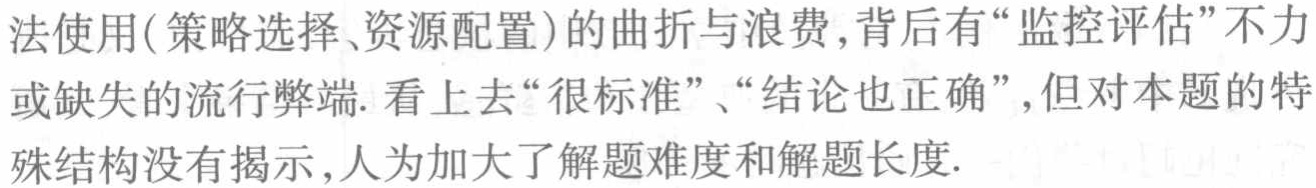
法使用(策略选择、资源配置)的曲折与浪费,背后有“监控评估”不力或缺失的流行弊端. 看上去“很标准”、“结论也正确”,但对本题的特殊结构没有揭示,人为加大了解题难度和解题长度.